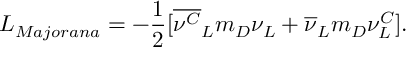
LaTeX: { \cal { L } } _ { M a j o r a n a } = - { \frac { 1 } { 2 } } [ { \overline { { { \nu ^ { C } } } } } _ { L } { m _ { D } } \nu _ { L } + { \overline { { { \nu } } } } _ { L } { m _ { D } } \nu _ { L } ^ { C } ] .